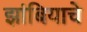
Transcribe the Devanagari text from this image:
झांबियाचे